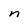
Character: n